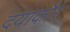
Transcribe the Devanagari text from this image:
दयाकौर